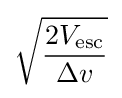
{\sqrt {\frac {2V_{\text{esc}}}{\Delta v}}}